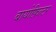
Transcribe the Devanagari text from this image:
बायोफ़िल्टर